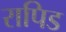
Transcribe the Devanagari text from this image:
रापिड